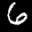
Label: 6